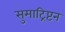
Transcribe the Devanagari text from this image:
सुमाट्रिप्टन